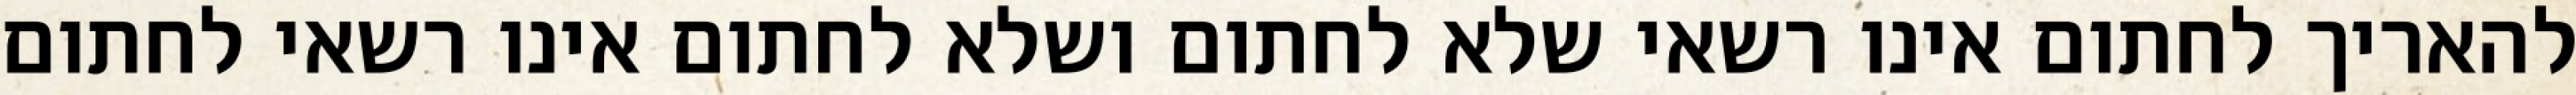
להאריך לחתום אינו רשאי שלא לחתום ושלא לחתום אינו רשאי לחתום